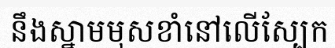
នឹងស្នាមមុសខាំនៅលើស្បែក